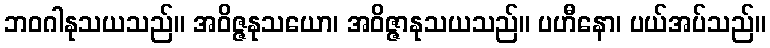
ဘဝဂါနုသယသည်။ အဝိဇ္ဇနုသယော၊ အဝိဇ္ဇာနုသယသည်။ ပဟီနော၊ ပယ်အပ်သည်။